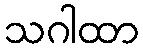
သဂါထာ